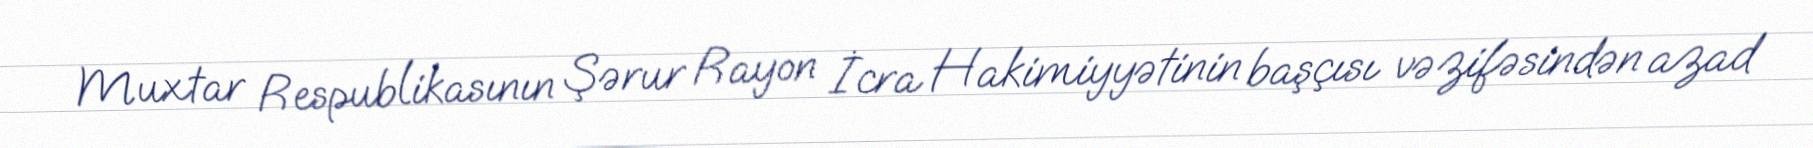
Muxtar Respublikasının Şərur Rayon İcra Hakimiyyətinin başçısı vəzifəsindən azad